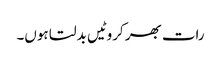
رات بھر کروٹیں بدلتا ہوں۔